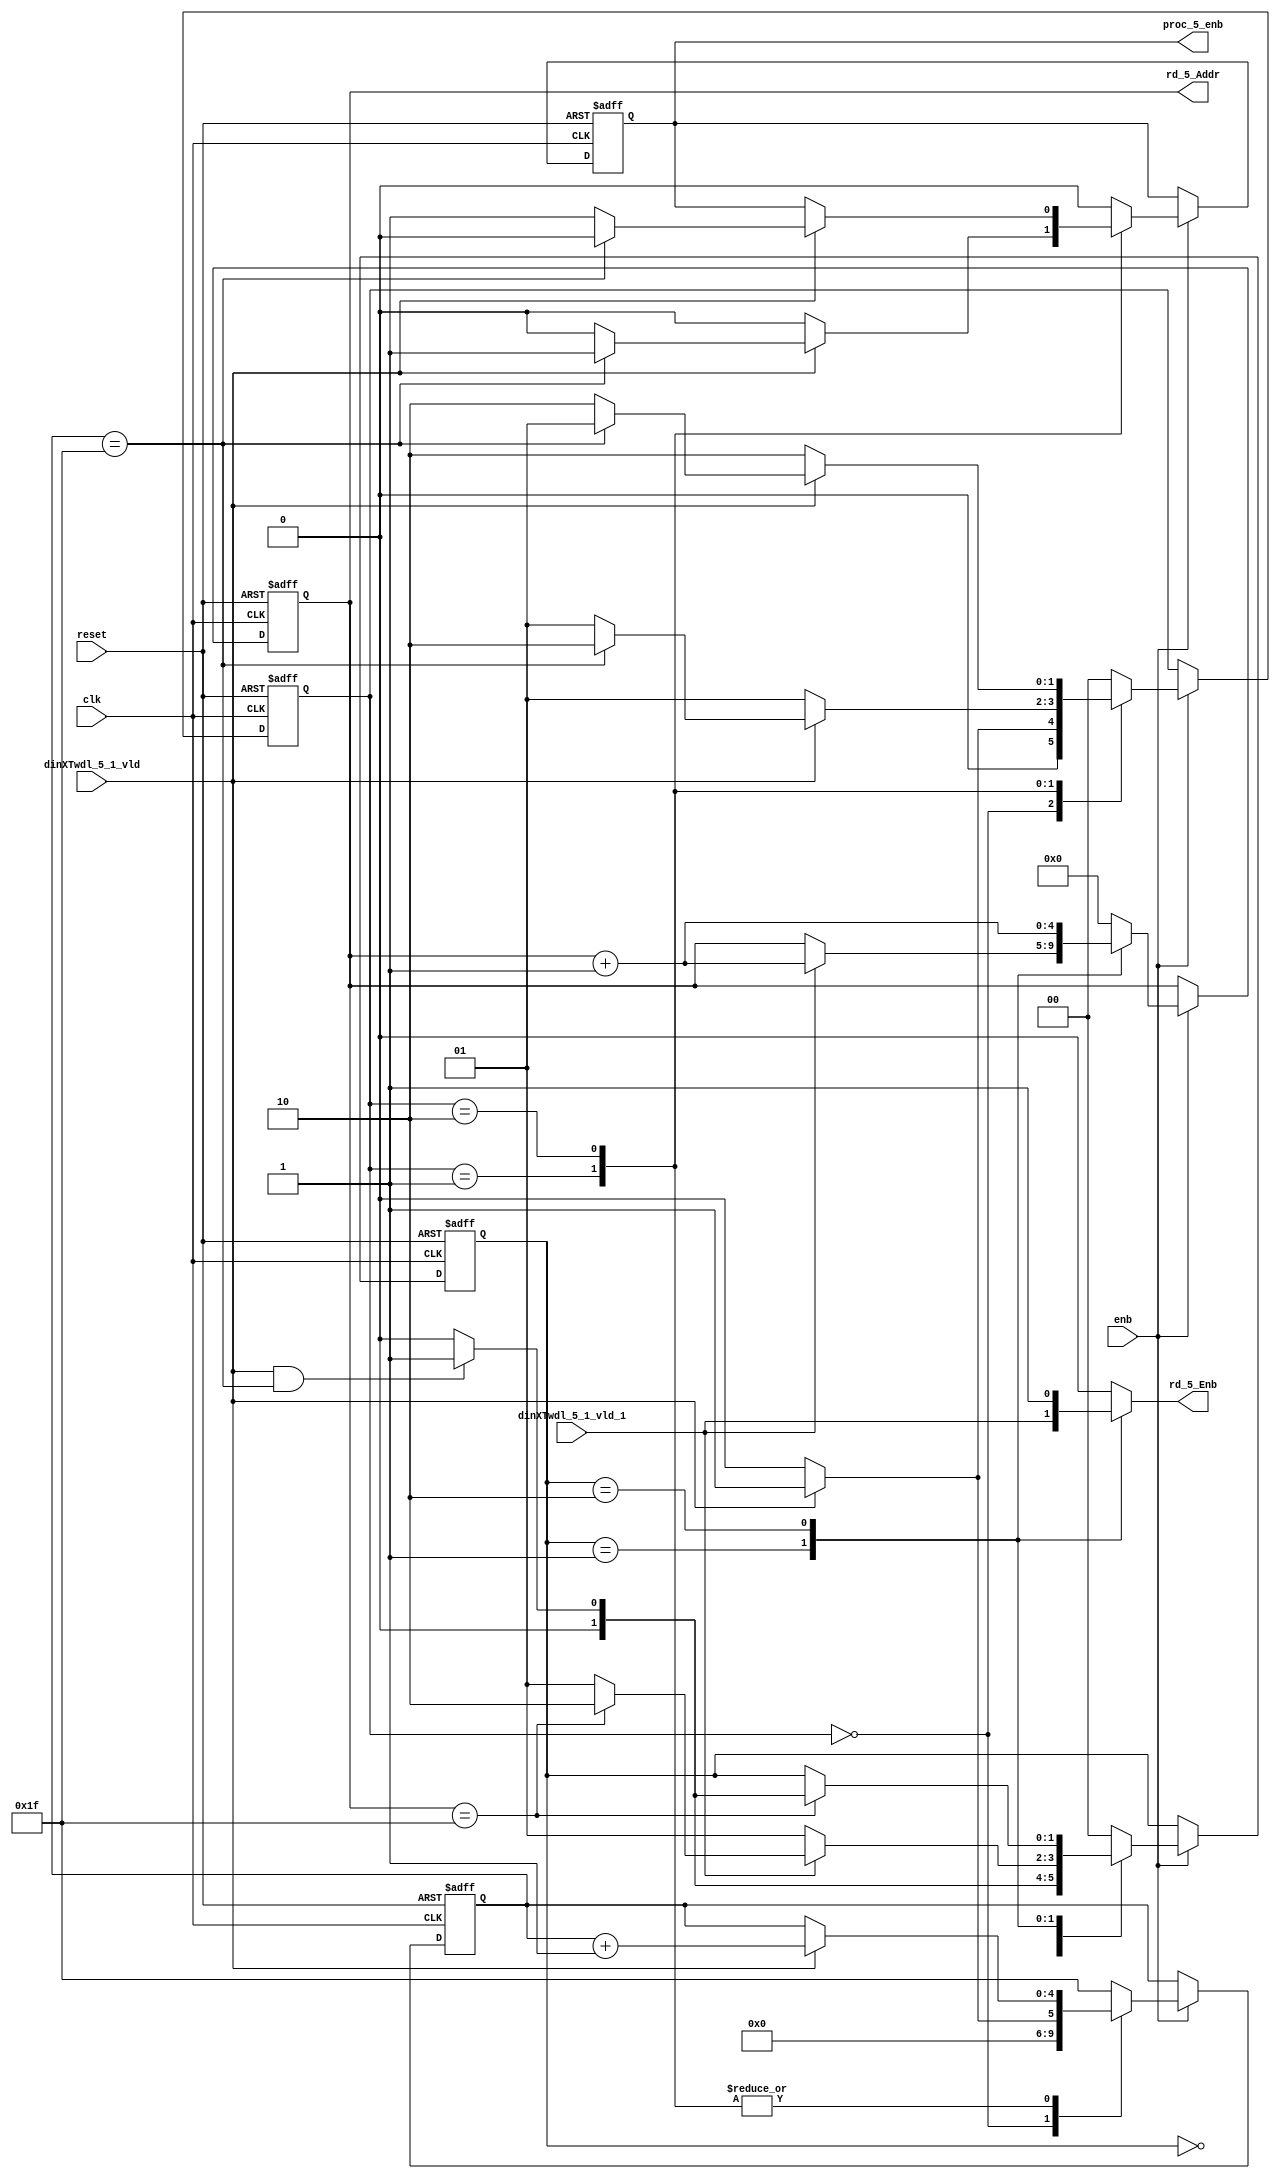
// -------------------------------------------------------------
// 
// 
// Generated by MATLAB 9.13 and HDL Coder 4.0
// 
// -------------------------------------------------------------


// -------------------------------------------------------------
// 
// Module: RADIX22FFT_CTRL1_5
// Source Path: tb_FFT/DUT/FFT/RADIX22FFT_CTRL1_5
// Hierarchy Level: 2
// 
// -------------------------------------------------------------

`timescale 1 ns / 1 ns

module RADIX22FFT_CTRL1_5
          (clk,
           reset,
           enb,
           dinXTwdl_5_1_vld,
           dinXTwdl_5_1_vld_1,
           rd_5_Addr,
           rd_5_Enb,
           proc_5_enb);


  input   clk;
  input   reset;
  input   enb;
  input   dinXTwdl_5_1_vld;
  input   dinXTwdl_5_1_vld_1;
  output  [4:0] rd_5_Addr;  // ufix5
  output  rd_5_Enb;
  output  proc_5_enb;


  reg [4:0] SDFController_wrCount;  // ufix5
  reg [1:0] SDFController_wrState;  // ufix2
  reg [1:0] SDFController_rdState;  // ufix2
  reg [4:0] SDFController_rdAddr_reg;  // ufix5
  reg  SDFController_procEnb_reg;
  reg [1:0] SDFController_multjState;  // ufix2
  reg  SDFController_multiply_J_reg;
  reg [4:0] SDFController_wrCount_next;  // ufix5
  reg [1:0] SDFController_wrState_next;  // ufix2
  reg [1:0] SDFController_rdState_next;  // ufix2
  reg [4:0] SDFController_rdAddr_reg_next;  // ufix5
  reg  SDFController_procEnb_reg_next;
  reg [1:0] SDFController_multjState_next;  // ufix2
  reg  SDFController_multiply_J_reg_next;
  reg [4:0] rd_5_Addr_1;  // ufix5
  reg  rd_5_Enb_1;
  reg  proc_5_enb_1;
  reg  multiply_5_J;


  // SDFController
  always @(posedge clk or posedge reset)
    begin : SDFController_process
      if (reset == 1'b1) begin
        SDFController_wrCount <= 5'b00000;
        SDFController_rdAddr_reg <= 5'b00000;
        SDFController_wrState <= 2'b00;
        SDFController_rdState <= 2'b00;
        SDFController_multjState <= 2'b00;
        SDFController_procEnb_reg <= 1'b0;
        SDFController_multiply_J_reg <= 1'b0;
      end
      else begin
        if (enb) begin
          SDFController_wrCount <= SDFController_wrCount_next;
          SDFController_wrState <= SDFController_wrState_next;
          SDFController_rdState <= SDFController_rdState_next;
          SDFController_rdAddr_reg <= SDFController_rdAddr_reg_next;
          SDFController_procEnb_reg <= SDFController_procEnb_reg_next;
          SDFController_multjState <= SDFController_multjState_next;
          SDFController_multiply_J_reg <= SDFController_multiply_J_reg_next;
        end
      end
    end

  always @(SDFController_multiply_J_reg, SDFController_multjState,
       SDFController_procEnb_reg, SDFController_rdAddr_reg,
       SDFController_rdState, SDFController_wrCount, SDFController_wrState,
       dinXTwdl_5_1_vld, dinXTwdl_5_1_vld_1) begin
    SDFController_wrCount_next = SDFController_wrCount;
    SDFController_wrState_next = SDFController_wrState;
    SDFController_rdState_next = SDFController_rdState;
    SDFController_rdAddr_reg_next = SDFController_rdAddr_reg;
    SDFController_procEnb_reg_next = SDFController_procEnb_reg;
    SDFController_multjState_next = SDFController_multjState;
    SDFController_multiply_J_reg_next = SDFController_multiply_J_reg;
    case ( SDFController_multjState)
      2'b00 :
        begin
          SDFController_multjState_next = 2'b00;
          SDFController_multiply_J_reg_next = 1'b0;
          if (SDFController_rdState == 2'b01) begin
            SDFController_multjState_next = 2'b01;
          end
        end
      2'b01 :
        begin
          SDFController_multiply_J_reg_next = 1'b0;
          if (SDFController_rdState == 2'b10) begin
            SDFController_multjState_next = 2'b10;
          end
        end
      2'b10 :
        begin
          SDFController_multiply_J_reg_next = 1'b0;
          if (SDFController_rdState == 2'b01) begin
            SDFController_multjState_next = 2'b11;
            SDFController_multiply_J_reg_next = 1'b1;
          end
        end
      2'b11 :
        begin
          if (SDFController_rdState == 2'b01) begin
            SDFController_multjState_next = 2'b11;
            SDFController_multiply_J_reg_next = 1'b1;
          end
          else begin
            SDFController_multiply_J_reg_next = 1'b0;
            SDFController_multjState_next = 2'b00;
          end
        end
      default :
        begin
          SDFController_multjState_next = 2'b00;
          SDFController_multiply_J_reg_next = 1'b0;
        end
    endcase
    case ( SDFController_rdState)
      2'b00 :
        begin
          SDFController_rdState_next = 2'b00;
          SDFController_rdAddr_reg_next = 5'b00000;
          rd_5_Enb_1 = 1'b0;
          if (dinXTwdl_5_1_vld && (SDFController_wrCount == 5'b11111)) begin
            SDFController_rdState_next = 2'b01;
          end
        end
      2'b01 :
        begin
          SDFController_rdState_next = 2'b01;
          rd_5_Enb_1 = dinXTwdl_5_1_vld_1;
          if (dinXTwdl_5_1_vld_1) begin
            if (SDFController_rdAddr_reg == 5'b11111) begin
              SDFController_rdState_next = 2'b10;
            end
            SDFController_rdAddr_reg_next = SDFController_rdAddr_reg + 5'b00001;
          end
        end
      2'b10 :
        begin
          rd_5_Enb_1 = 1'b1;
          if (SDFController_rdAddr_reg == 5'b11111) begin
            if (dinXTwdl_5_1_vld && (SDFController_wrCount == 5'b11111)) begin
              SDFController_rdState_next = 2'b01;
            end
            else begin
              SDFController_rdState_next = 2'b00;
            end
          end
          SDFController_rdAddr_reg_next = SDFController_rdAddr_reg + 5'b00001;
        end
      default :
        begin
          SDFController_rdState_next = 2'b00;
          SDFController_rdAddr_reg_next = 5'b00000;
          rd_5_Enb_1 = 1'b0;
        end
    endcase
    case ( SDFController_wrState)
      2'b00 :
        begin
          SDFController_wrState_next = 2'b00;
          SDFController_wrCount_next = 5'b00000;
          SDFController_procEnb_reg_next = 1'b0;
          if (dinXTwdl_5_1_vld) begin
            SDFController_wrState_next = 2'b01;
            SDFController_wrCount_next = 5'b00001;
          end
        end
      2'b01 :
        begin
          SDFController_wrState_next = 2'b01;
          SDFController_procEnb_reg_next = 1'b0;
          if (dinXTwdl_5_1_vld) begin
            if (SDFController_wrCount == 5'b11111) begin
              SDFController_wrState_next = 2'b10;
              SDFController_procEnb_reg_next = 1'b1;
            end
            else begin
              SDFController_wrState_next = 2'b01;
            end
            SDFController_wrCount_next = SDFController_wrCount + 5'b00001;
          end
        end
      2'b10 :
        begin
          SDFController_wrState_next = 2'b10;
          if (dinXTwdl_5_1_vld) begin
            if (SDFController_wrCount == 5'b11111) begin
              SDFController_wrState_next = 2'b01;
              SDFController_procEnb_reg_next = 1'b0;
            end
            else begin
              SDFController_wrState_next = 2'b10;
              SDFController_procEnb_reg_next = 1'b1;
            end
            SDFController_wrCount_next = SDFController_wrCount + 5'b00001;
          end
        end
      default :
        begin
          SDFController_wrState_next = 2'b00;
          SDFController_wrCount_next = 5'b11111;
          SDFController_procEnb_reg_next = 1'b0;
        end
    endcase
    rd_5_Addr_1 = SDFController_rdAddr_reg;
    proc_5_enb_1 = SDFController_procEnb_reg;
    multiply_5_J = SDFController_multiply_J_reg;
  end



  assign rd_5_Addr = rd_5_Addr_1;

  assign rd_5_Enb = rd_5_Enb_1;

  assign proc_5_enb = proc_5_enb_1;

endmodule  // RADIX22FFT_CTRL1_5